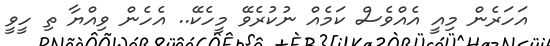
އަހަރެން މިއީ އެއްވެސް ކަމެއް ނުކުރެވޭ މީހެކޭ.. އެހެން ވިއްޔާ ތި ހީވީ